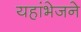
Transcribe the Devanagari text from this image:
यहांभेजने